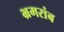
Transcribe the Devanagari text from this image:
भ्रमरांब